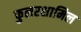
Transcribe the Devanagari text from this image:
फुलरशामिल